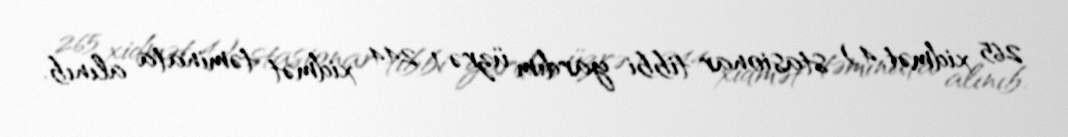
265 xidmət, 4) stasionar tibbi yardım üzrə 1 244 xidmət təminata alınıb.